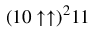
( 1 0 \uparrow \uparrow ) ^ { 2 } 1 1